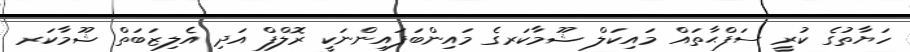
ހަޔާތުގެ ކުރީ ސަފްޙާތައް މައިކަލް ޝޫމާކަރގެ މައިންބަފައިންނަކީ ރޮލްފް އަދި އެލިޒަބަތް ޝޫމާކަރ